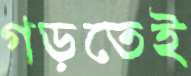
গড়তেই